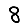
Digit: 8